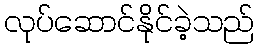
လုပ်ဆောင်နိုင်ခဲ့သည်